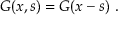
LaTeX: G ( x , s ) = G ( x - s ) ~ .